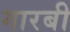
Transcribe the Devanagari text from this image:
गारबी